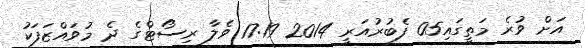
އަށް ވުރެ މަތީގައި05 ފެބުރުއަރީ 2014 17:19 ވެލާ ރިސޯޓްގެ ދެ މުވައްޒަފަކު